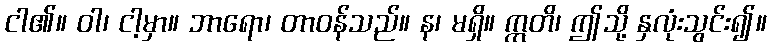
ငါ၏။ ဝါ၊ ငါ့မှာ။ ဘာရော၊ တာဝန်သည်။ န၊ မရှိ။ ဣတိ၊ ဤသို့ နှလုံးသွင်း၍။